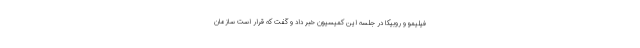
فیلیمو و روبیکا در جلسه این کمیسیون خبر داد و گفت که قرار است سازمان